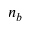
n _ { b }